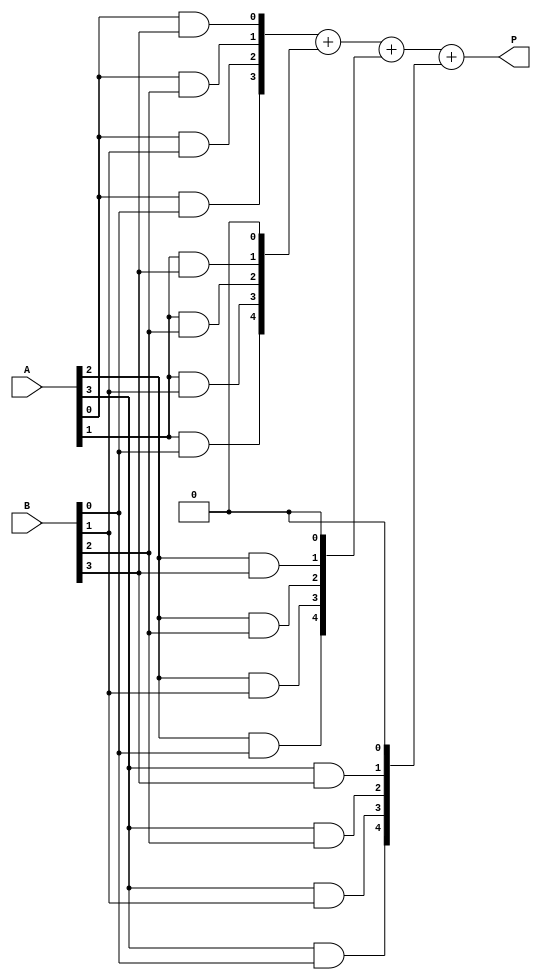
module array_multiplier #(parameter A_WIDTH = 4, B_WIDTH = 4) (
    input [A_WIDTH-1:0] A,
    input [B_WIDTH-1:0] B,
    output reg [A_WIDTH + B_WIDTH - 1:0] P
);

// Internal wires for partial products
wire [A_WIDTH * B_WIDTH - 1:0] pp;

// Generate partial products
genvar i, j;
generate
    for (i = 0; i < A_WIDTH; i = i + 1) begin : pp_gen
        for (j = 0; j < B_WIDTH; j = j + 1) begin : pp_column
            assign pp[i * B_WIDTH + j] = A[i] & B[j];
        end
    end
endgenerate

// Internal wires for carry and sum
wire [A_WIDTH + B_WIDTH:0] sum [0:B_WIDTH-1]; // Enough to hold carry bits
assign sum[0] = {1'b0, pp[0], pp[1], pp[2], pp[3]};

// Row-wise addition
generate
    for (j = 1; j < B_WIDTH; j = j + 1) begin : adder_rows
        assign sum[j] = sum[j-1] + {pp[j * A_WIDTH], pp[j * A_WIDTH + 1], pp[j * A_WIDTH + 2], pp[j * A_WIDTH + 3], 1'b0}; // Shifted partial products
    end
endgenerate

// Assign final product output
always @(*) begin
    P = sum[B_WIDTH - 1][A_WIDTH + B_WIDTH - 1:0]; // Final product
end

endmodule